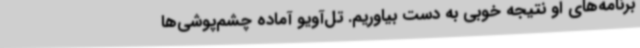
برنامه‌های او نتیجه خوبی به دست بیاوریم. تل‌آویو آماده چشم‌پوشی‌ها